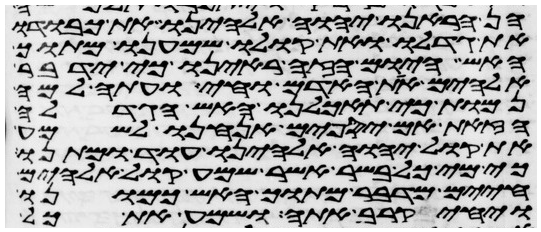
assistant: הן הראנו יהוה אלהינו את כבודו
את גדלו ואת קולו שמענו מתוך
האש היום הזה ראינו כי ידבר
אלהים את האדם וחי ועתה למה
נמות כי תאכלנו האש הגדלה
הזאת אם יספים אנחנו לשמע
את קול יהוה אלהינו עוד ומתנו
כי מי כל בשר אשר שמע קול אלהים
חיים מדבר מתוך האש כמונו
ויחי קרב אתה ושמע את כל